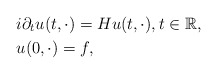
\begin{align*}&i \partial_t u(t,\cdot) = H u(t,\cdot), t\in {\mathbb{R}}, \\&u(0,\cdot)=f,\end{align*}